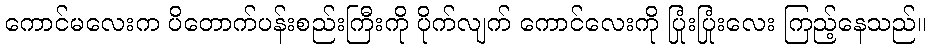
ကောင်မလေးက ပိတောက်ပန်းစည်းကြီးကို ပိုက်လျက် ကောင်လေးကို ပြုံးပြုံးလေး ကြည့်နေသည်။